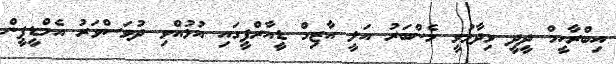
އިބްރާހީމް ދީދީ ވިދާޅުވީ މެންބަރު އަލީ އާޒިމް ޑީއާރްޕީގައި އުޅުއްވި ދުވަސްވަރު އެމްޑީޕީން